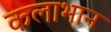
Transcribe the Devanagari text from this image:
कलाभान